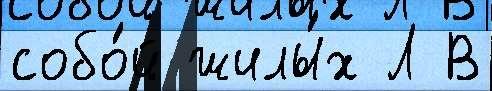
собо́й жилы́х Л В